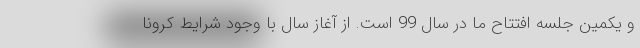
و یکمین جلسه افتتاح ما در سال 99 است. از آغاز سال با وجود شرایط کرونا